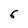
Character: 6